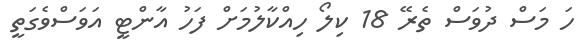
ހަ މަސް ދުވަސް ތެރޭ 18 ކިލޯ ހިއްކާލުމަށް ފަހު އާންޓީ އަވަސްވެގަތީ